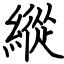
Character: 縱